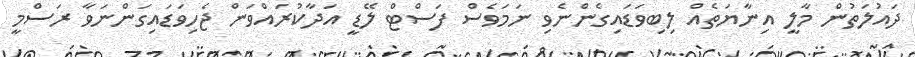
ދައުލަތުން މާލީ އިނާޔަތެއް ލިބިވަޑައިގެންނެވި ނަމަވެސް ފަސްޓް ލޭޑީ އަދާކުރައްވަން ޖެހިވަޑައިގަންނަވާ ރަސްމީ